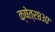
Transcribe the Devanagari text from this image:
क्षेत्र८३०